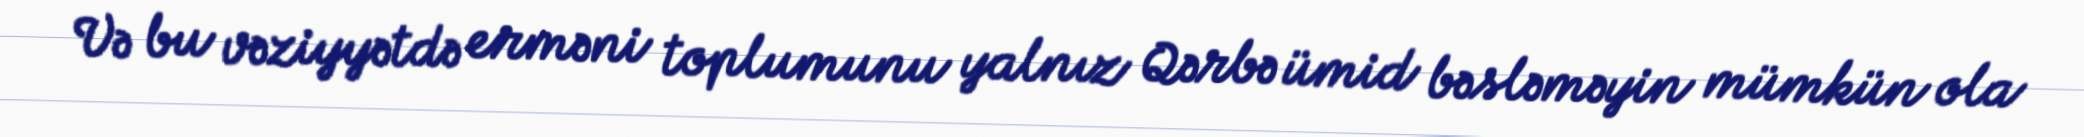
Və bu vəziyyətdə erməni toplumunu yalnız Qərbə ümid bəsləməyin mümkün ola